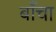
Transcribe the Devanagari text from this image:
बाँचा